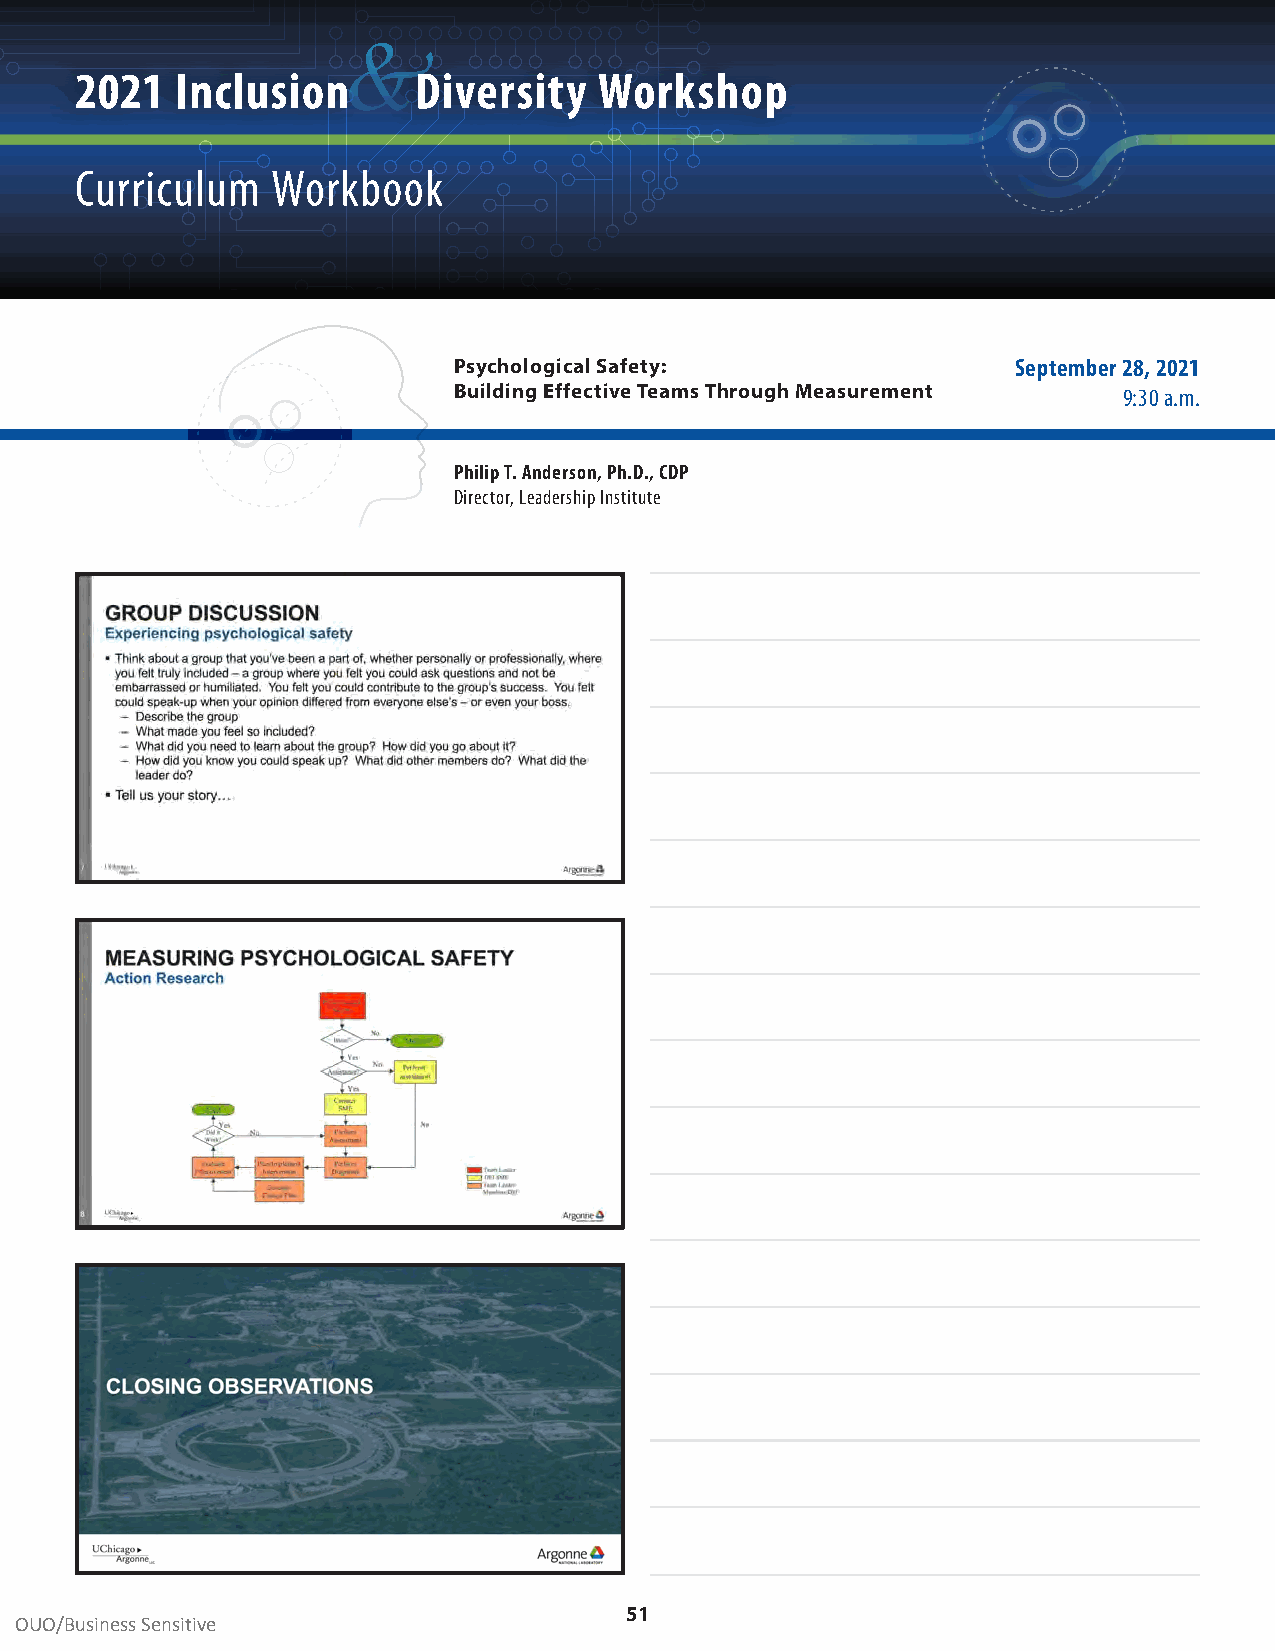
&
 2021   Inclusion      Diversity    Workshop
 Curriculum   Workbook
 Psychological Safety:                September 28, 2021
 Building Effective Teams Through Measurement 9:30 a .m .
 Philip T. Anderson, Ph.D., CDP
 Director, Leadership Institute
 51
 OUO/Business Sensitive